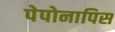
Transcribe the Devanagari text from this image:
पेपोनापिस